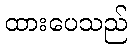
ထားပေသည်